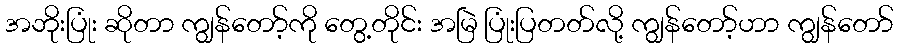
အဘိုးပြုံး ဆိုတာ ကျွန်တော့်ကို တွေ့တိုင်း အမြဲ ပြုံးပြတတ်လို့ ကျွန်တော့်ဟာ ကျွန်တော်